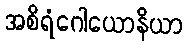
အစိရံဂေါယောနိယာ